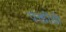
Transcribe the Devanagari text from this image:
पंक्तींची